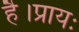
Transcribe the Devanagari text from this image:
है।प्रायः